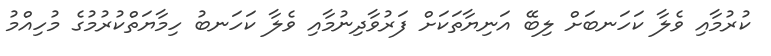
ކުރުމާއި ވެލާ ކަހަނބަށް ލިބޭ އަނިޔާތަކަށް ފަރުވާދިނުމާއި ވެލާ ކަހަނބު ހިމާޔަތްކުރުމުގެ މުހިއްމު